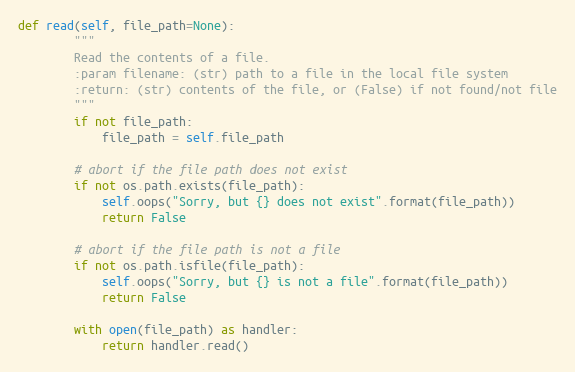
Language: Python
def read(self, file_path=None):
        """
        Read the contents of a file.
        :param filename: (str) path to a file in the local file system
        :return: (str) contents of the file, or (False) if not found/not file
        """
        if not file_path:
            file_path = self.file_path

        # abort if the file path does not exist
        if not os.path.exists(file_path):
            self.oops("Sorry, but {} does not exist".format(file_path))
            return False

        # abort if the file path is not a file
        if not os.path.isfile(file_path):
            self.oops("Sorry, but {} is not a file".format(file_path))
            return False

        with open(file_path) as handler:
            return handler.read()